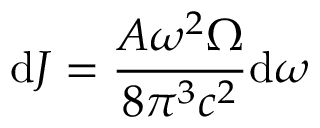
\mathrm { d } J = \frac { A \omega ^ { 2 } \Omega } { 8 \pi ^ { 3 } c ^ { 2 } } \mathrm { d } \omega